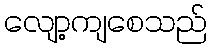
လျော့ကျစေသည်